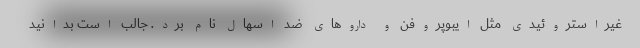
غیراستروئیدی مثل ایبوپروفن و داروهای ضد اسهال نام برد. جالب است بدانید